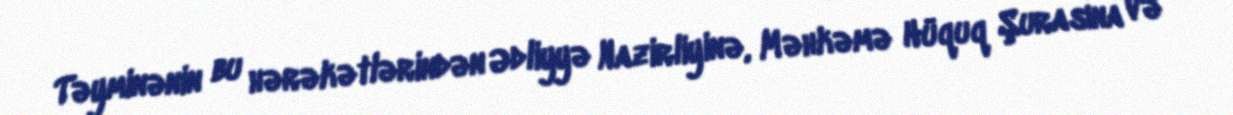
Təyminənin bu hərəkətlərindən Ədliyyə Nazirliyinə, Məhkəmə Hüquq Şurasına və